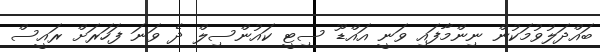
ބައްދަލުވުމަކުން ނިންމާފައި ވަނީ އައްޑޫ ސިޓީ ކައުންސިލް ދެ ވަނަ ފަހަރަށް ރައީސް